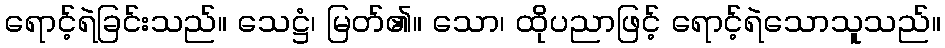
ရောင့်ရဲခြင်းသည်။ သေဋ္ဌံ၊ မြတ်၏။ သော၊ ထိုပညာဖြင့် ရောင့်ရဲသောသူသည်။